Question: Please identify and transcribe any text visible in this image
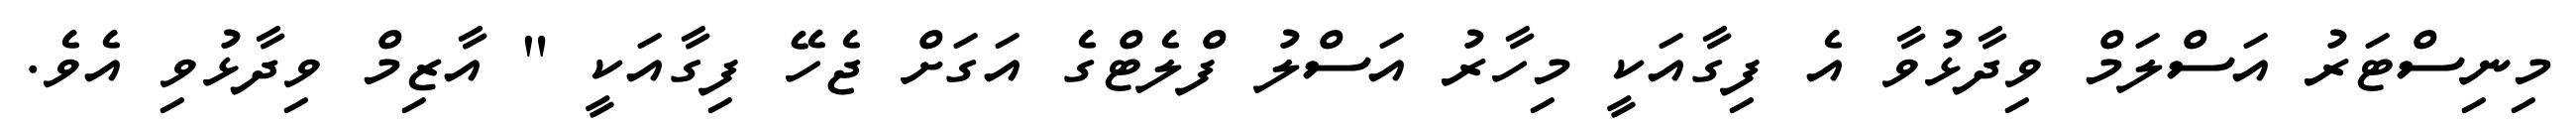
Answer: މިނިސްޓަރު އަސްލަމް ވިދާޅުވާ އެ ފިގާއަކީ މިހާރު އަސްލު ފްލެޓްގެ އަގަށް ޖެހޭ ފިގާއަކީ " އާޒިމް ވިދާޅުވި އެވެ.